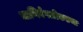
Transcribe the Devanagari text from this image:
जाणिवेपलीकडचा